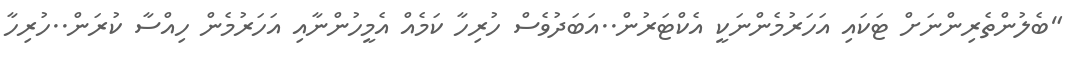
"ބެލުންތެރިންނަށް ޓަކައި އަހަރުމެންނަކީ އެކްޓަރުން..އަބަދުވެސް ހުރިހާ ކަމެއް އެމީހުންނާއި އަހަރުމެން ހިއްސާ ކުރަން..ހުރިހާ